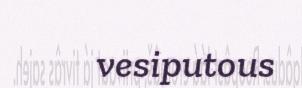
vesiputous